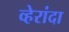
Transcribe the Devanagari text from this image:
व्हेरांदा